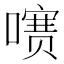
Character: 㗷